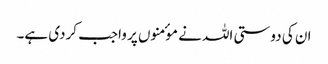
ان کی دوستی اللہ نے موٴمنوں پر واجب کردی ہے۔